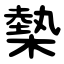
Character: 槷